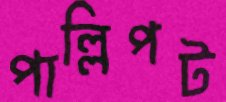
পাল্লিপট